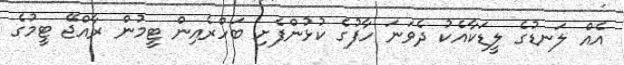
އެއް ލަނޑުގެ ލީޑަކާއެކު ދެވަނަ ހާފުގެ ކުޅުންފެށި ބަހްރެއިން ޓީމުން ރާއްޖޭ ޓީމުގެ